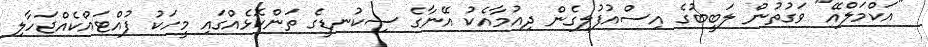
"އަކްމަލްއޭ" ވަގުތުން ލަބީބުގެ އިސްއުފުލިގެން ދިއުމާއެކު އޭނާގެ ސިކުނޑީގެ ތަންކޮޅެއްގައި މީހަކު ފުއްޓައްކެއްޖަހާލި